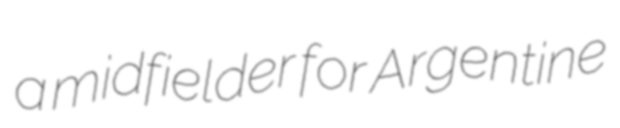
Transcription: a midfielder for Argentine